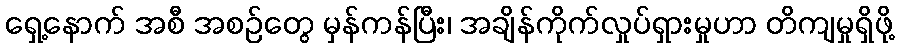
ရှေ့နောက် အစီ အစဉ်တွေ မှန်ကန်ပြီး၊ အချိန်ကိုက်လှုပ်ရှားမှုဟာ တိကျမှုရှိဖို့